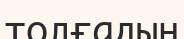
толғадың